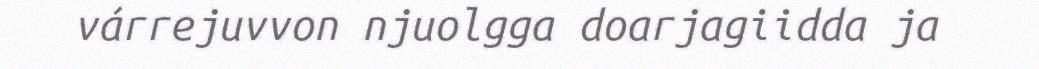
várrejuvvon njuolgga doarjagiidda ja